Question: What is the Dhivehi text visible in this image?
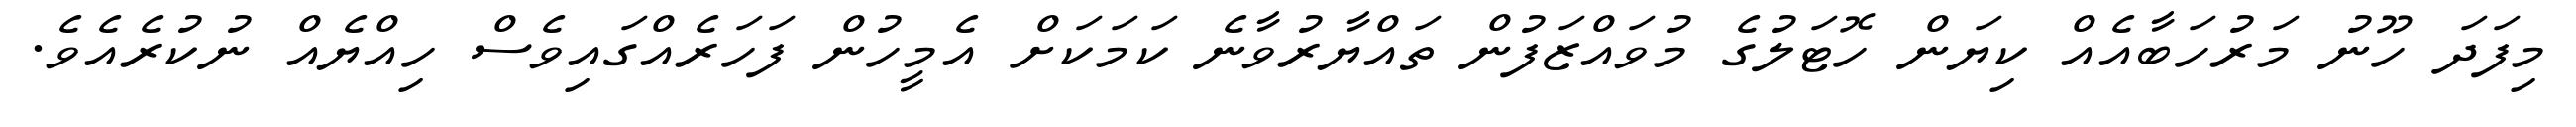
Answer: މިފަދަ ހޫނު މަރުހަބާއެއް ކިޔަން ހޮޓަލުގެ މުވައްޒަފުން ތައްޔާރުވާނެ ކަމަކަށް އެމީހުން ފަހަރެއްގައިވެސް ހިއްޔެއް ނުކުރެއެވެ.